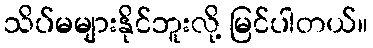
သိပ်မများနိုင်ဘူးလို့ မြင်ပါတယ်။